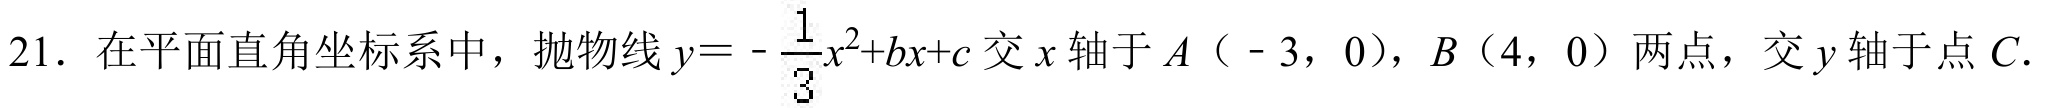
21. 在平面直角坐标系中，抛物线\(y = -\frac{1}{3}x^{2}+bx + c\)交\(x\)轴于\(A(-3,0)\)，\(B(4,0)\)两点，交\(y\)轴于点\(C\).